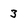
Character: 3